Annual report on the Civil Veterinary Department, Burma (including the Insein Veterinary School) - 1923-1931
Year: 1923
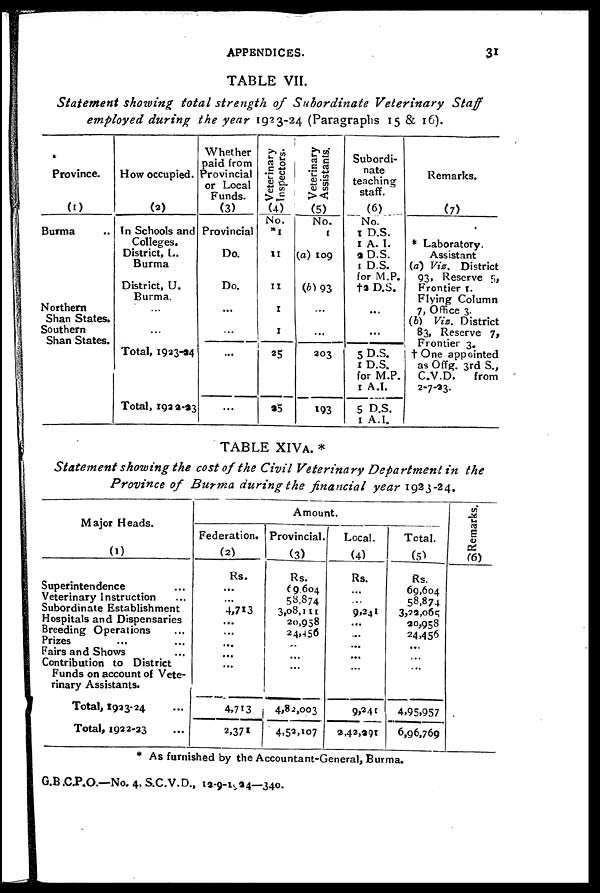
APPENDICES.
31
TABLE VII.
Statement showing total strength of Subordinate Veterinary
Staff
employed during the year 1923-24 (Paragraphs 15 & 16).
Province.
(1)
Burma ..
Northern
Shan States.
Southern
Shan States.
How occupied.
(2)
In Schools and
Colleges.
District, L.
Burma
District, U.
Burma.
...
...
Total, 1923-94
Total, 1922-23
Whether
paid from
Provincial
or Local
Funds.
(3)
Provincial
Do.
Do.
...
...
...
...
Veterinary
Inspectors.
(4)
No.
*1
11
11
1
1
25
25
Veterinary
Assistants.
(5)
No.
1
(a) 109
(b) 93
...
...
203
193
Subordi-
nate
teaching
staff.
(6)
No.
1 D.S.
1 A. I.
2 D.S.
1 D.S.
for M.P.
†2 D.S.
...
...
5 D.S.
1 D.S.
for M.P.
I A.I.
5 D.S.
1 A.I.
Remarks.
(7)
* Laboratory.
Assistant
(a) Viz. District
93, Reserve 5,
Frontier 1.
Flying Column
7, Office 3.
(b) Viz. District
83, Reserve 7,
Frontier 3.
† One appointed
as Offg. 3rd S.,
C.V.D.
from
2-7-23.
TABLE XIVa. *
Statement showing the cost of the Civil Veterinary Department in the
Province of Burma during the financial year 1923-24.
Major Heads.
(1)
Superintendence ...
Veterinary Instruction ...
Subordinate Establishment
Hospitals and Dispensaries
Breeding Operations ... ...
Prizes ... ...
Fairs and Shows ...
Contribution to District
Funds on account of Vete-
rinary Assistants. ...
Total, 1933-24 ...
Total, 1922-23 ...
Amount,
Federation.
(2)
Rs.
...
...
4,713
...
...
...
...
...
...
4,713
2,371
Provincial.
(3)
Rs.
69,604
58,874
3,08,111
20,958
24,456
...
...
...
...
4,82,003
4,52,107
Local.
(4)
Rs.
...
...
9,241
...
...
...
...
...
9,241
2,42,991
Total.
(5)
Rs.
69,604
58,874
3,22,065
20,958
24,456
...
...
...
...
4,95,957
6,96,769
Remarks.
(6)
* As furnished by the Accountant-General, Burma.
G.B.C.P.O.—No. 4. S.C.V.D., 12-9-1924—340.